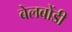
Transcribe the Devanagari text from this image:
बेलबोंडी